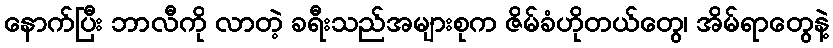
နောက်ပြီး ဘာလီကို လာတဲ့ ခရီးသည်အများစုက ဇိမ်ခံဟိုတယ်တွေ၊ အိမ်ရာတွေနဲ့